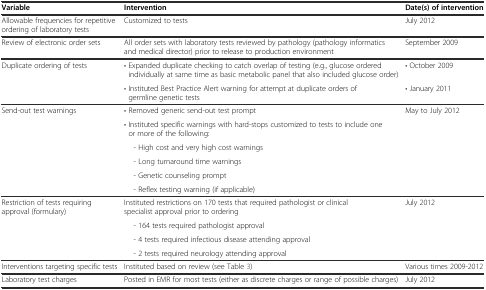
| Variable | Intervention | Date(s) of intervention |
 | --- | --- | --- |
 | Allowable frequencies for repetitive ordering of laboratory tests | Customized to tests | July 2012 |
 | Review of electronic order sets | All order sets with laboratory tests reviewed by pathology (pathology informatics and medical director) prior to release to production environment | September 2009 |
 | <ROWSPAN=2> Duplicate ordering of tests | • Expanded duplicate checking to catch overlap of testing (e.g., glucose ordered individually at same time as basic metabolic panel that also included glucose order) | • October 2009 |
 | • Instituted Best Practice Alert warning for attempt at duplicate orders of germline genetic tests | • January 2011 |
 | <ROWSPAN=6> Send-out test warnings | • Removed generic send-out test prompt | <ROWSPAN=6> May to July 2012 |
 | • Instituted specific warnings with hard-stops customized to tests to include one or more of the following: |
 | - High cost and very high cost warnings |
 | - Long turnaround time warnings |
 | - Genetic counseling prompt |
 | - Reflex testing warning (if applicable) |
 | <ROWSPAN=4> Restriction of tests requiring approval (formulary) | Instituted restrictions on 170 tests that required pathologist or clinical specialist approval prior to ordering | <ROWSPAN=4> July 2012 |
 | - 164 tests required pathologist approval |
 | - 4 tests required infectious disease attending approval |
 | - 2 tests required neurology attending approval |
 | Interventions targeting specific tests | Instituted based on review (see Table 3) | Various times 2009-2012 |
 | Laboratory test charges | Posted in EMR for most tests (either as discrete charges or range of possible charges) | July 2012 |